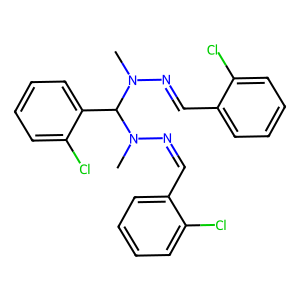
SMILES: CN(N=Cc1ccccc1Cl)C(c1ccccc1Cl)N(C)N=Cc1ccccc1Cl
Inhibits HIV replication: No